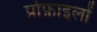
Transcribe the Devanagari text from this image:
प्रोफ़ाइलों